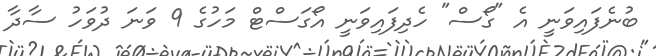
ބުނެފައިވަނީ އެ "ގޯސް" ހެދިފައިވަނީ އޯގަސްޓް މަހުގެ 9 ވަނަ ދުވަހު ސާދާ